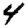
Digit: 4